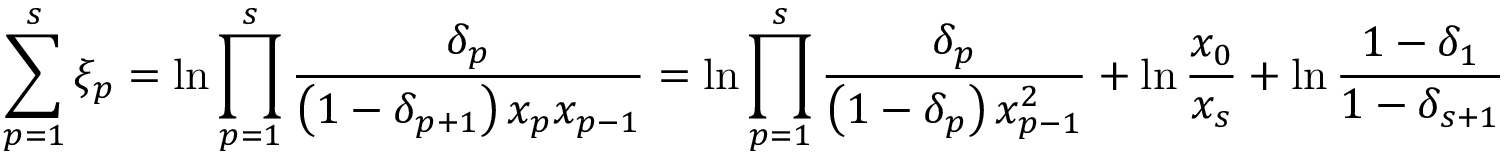
\sum _ { p = 1 } ^ { s } \xi _ { p } = \ln \prod _ { p = 1 } ^ { s } { \frac { \delta _ { p } } { \left( 1 - \delta _ { p + 1 } \right) x _ { p } x _ { p - 1 } } } = \ln \prod _ { p = 1 } ^ { s } { \frac { \delta _ { p } } { \left( 1 - \delta _ { p } \right) x _ { p - 1 } ^ { 2 } } } + \ln { \frac { x _ { 0 } } { x _ { s } } } + \ln { \frac { 1 - \delta _ { 1 } } { 1 - \delta _ { s + 1 } } }